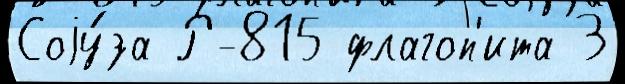
Соjу́за Р-815 флагоп'ита 3